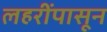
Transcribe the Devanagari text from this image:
लहरींपासून